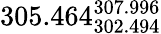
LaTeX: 305.464_{302.494}^{307.996}